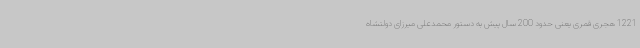
1221 هجری قمری یعنی حدود 200 سال پیش به دستور محمدعلی میرزای دولتشاه